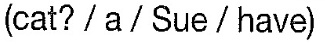
(cat?/a/Sue/have)